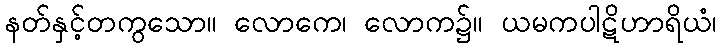
နတ်နှင့်တကွသော။ လောကေ၊ လောက၌။ ယမကပါဋိဟာရိယံ၊